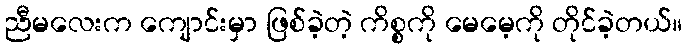
ညီမလေးက ကျောင်းမှာ ဖြစ်ခဲ့တဲ့ ကိစ္စကို မေမေ့ကို တိုင်ခဲ့တယ်။